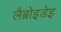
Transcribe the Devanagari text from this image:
लैब्रोइडेइ